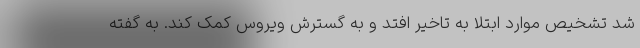
شد تشخیص موارد ابتلا به تاخیر افتد و به گسترش ویروس کمک کند. به گفته